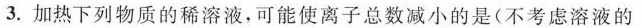
3.加热下列物质的稀溶液，可能使离子总数减小的是(不考虑溶液的